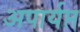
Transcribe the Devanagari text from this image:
अपार्यप्त